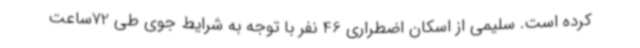
کرده است. سلیمی از اسکان اضطراری 46 نفر با توجه به شرایط جوی طی 72ساعت